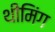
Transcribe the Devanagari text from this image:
थीमिंग